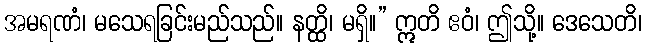
အမရဏံ၊ မသေရခြင်းမည်သည်။ နတ္ထိ၊ မရှိ။” ဣတိ ဧဝံ၊ ဤသို့။ ဒေသေတိ၊